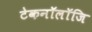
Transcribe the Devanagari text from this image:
टेकनॉलॉजि